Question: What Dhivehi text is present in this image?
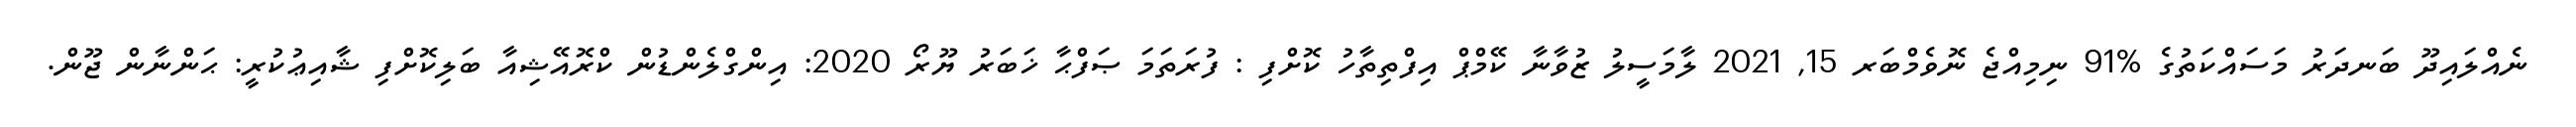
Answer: ނެއްލައިދޫ ބަނދަރު މަސައްކަތުގެ %91 ނިމިއްޖެ ނޮވެމްބަރ 15, 2021 ލާމަސީލު ޒުވާނާ ކޭމްޕް އިފްތިތާހު ކޮށްފި : ފުރަތަމަ ޞަފްޙާ ޚަބަރު ޔޫރޯ 2020: އިންގްލެންޑުން ކްރޮއޭޝިއާ ބަލިކޮށްފި ޝާއިޢުކުރީ: ޙަންނާން ޖޫން.